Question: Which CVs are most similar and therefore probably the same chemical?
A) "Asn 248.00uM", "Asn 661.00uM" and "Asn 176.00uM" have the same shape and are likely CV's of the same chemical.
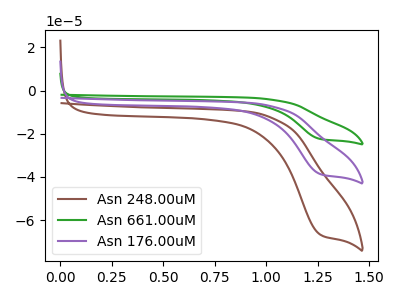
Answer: <think>The brown curve "Asn 248.00uM" has a cathodic peak at: (1.25V, -66.60uA). The green curve "Asn 661.00uM" has a cathodic peak at: (1.25V, -77.25uA). The purple curve "Asn 176.00uM" has a cathodic peak at: (1.25V, -38.60uA).
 All the peaks in "Asn 248.00uM" have a peak in "Asn 661.00uM" at the same potential. Every peak in "Asn 248.00uM" is lower than every peak in "Asn 661.00uM". All the peaks in "Asn 248.00uM" have a peak in "Asn 176.00uM" at the same potential. Every peak in "Asn 248.00uM" is higher than every peak in "Asn 176.00uM". All the peaks in "Asn 661.00uM" have a peak in "Asn 176.00uM" at the same potential. Every peak in "Asn 661.00uM" is higher than every peak in "Asn 176.00uM".</think>
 <answer>A) "Asn 248.00uM", "Asn 661.00uM" and "Asn 176.00uM" have the same shape and are likely CV's of the same chemical.</answer>
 <eval>A</eval>